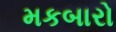
મકબારો